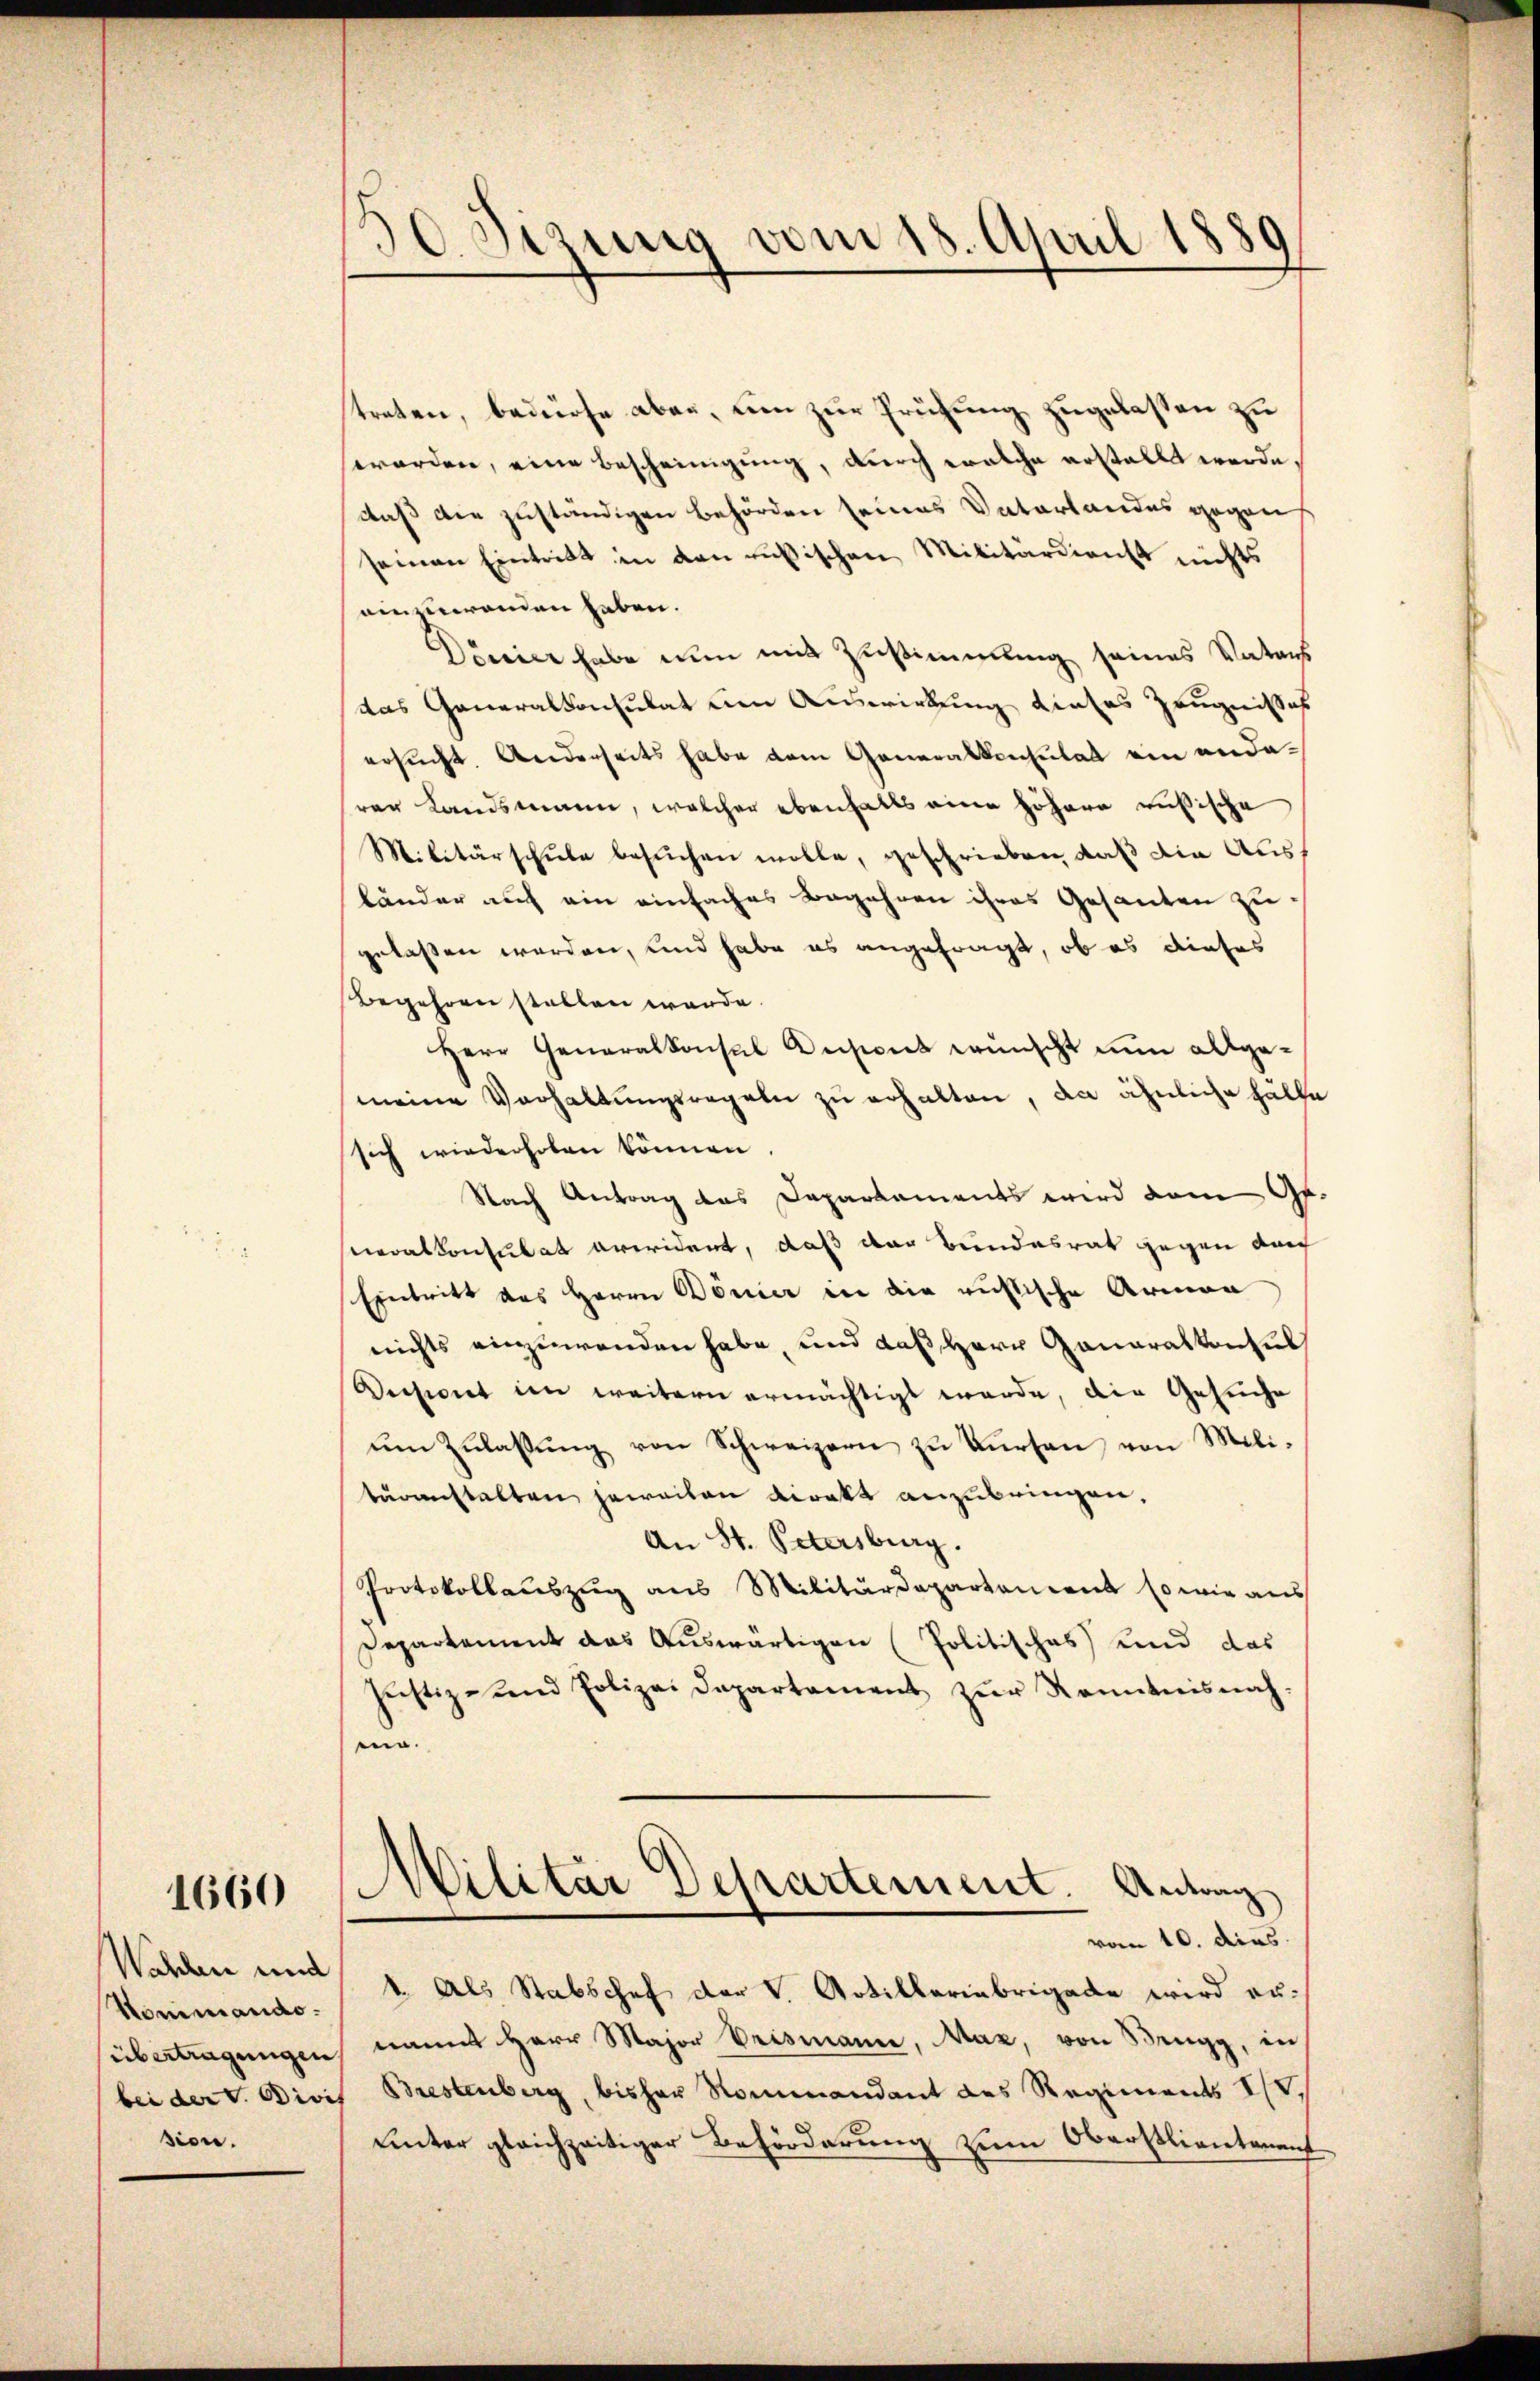
1660

Wahlen und
Hommando-
übertragungen
sion.

50. Sizung vom 18. April 1889

streten, bedürfe aber, um zur Prüfung zugelassen zu
worden, eine Bescheinigung, durch welche erstellt werde,
daß die zuständigen Behörden seines Vaterlandes gegen,
seinen Eintritt in den russischen Militärdienst nichts
einzuwenden haben.
Dönier habe nun mit Zustimmung seines Vaters
das Generalkonsulat um Auswirkung dieses Zeugnisses
ersucht. Anderseits habe vom Generalkonsulat ein anderer Landsmann, welcher ebenfalls eine höhere russische
Militärschŭle besuchen wolle, geschrieben, daß die Ausbänder auf ein einfaches Begehren ihres Gesanten zu
gelassen werden, und habe es angefragt, ob es dieses
Begehren stellen werde.
Herr Generalkonsul Ansions wünscht nun allgemeine Verhaltungsregeln zu erhalten, da ähnliche hälte
sich wiederhoben können.
Nach Antrag das Daparkaments wird dem Ge-
sneralkonsulat averident, daß der Bundesrat gegen durch
Eintritt des Herrn Bonier in die ruhtische Armen
nichts einzuwenden habe, und daß Herr Ganaralkonsul
Vechnet im weitern ermächtigt werde, die Gesuche
ŭm Zŭlassŭng von Schweizern zŭ kürten von Mili-
turanstalten jeweilen Direkt anzubringen,
An St. Petersburg.
Protokollauszug aus Militärdepartancent so wie aus
Departement das Auswärtigen (Politisches) und das
Justiz- und Polizei Departament zŭr Kenntnisnah-
ma.
Militar Departement. Antang
vom 10. dies
k. Als Stabschef der V. Artilleriebrigade wird er-
nannt Herr Major Brismann, Maz, von Brugg, in
bei der v. Divis Brestenberg, bisher Rommandant des Regiments IV.
unter gleichzeitiger Beförderung zum Oberstlieutenauf